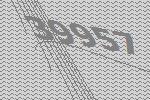
39957